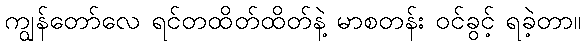
ကျွန်တော်လေ ရင်တထိတ်ထိတ်နဲ့ မာစတန်း ဝင်ခွင့် ရခဲ့တာ။